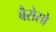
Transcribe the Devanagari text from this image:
बैरोसो